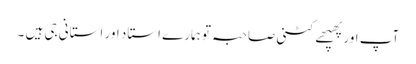
آپ اور پھپھے کٹنی صاحبہ تو ہمارے استاد اور استانی جی ہیں ۔